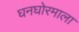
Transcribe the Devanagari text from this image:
घनघोरमाला